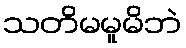
သတိမမူမိဘဲ